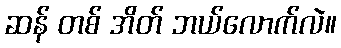
ဆန် တစ် အိတ် ဘယ်လောက်လဲ။